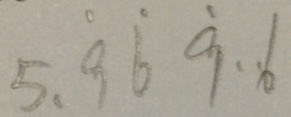
5 . \dot { 9 } \dot { 6 } \dot { 9 } \cdot 6